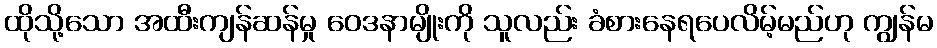
ထိုသို့သော အထီးကျန်ဆန်မှု ဝေဒနာမျိုးကို သူလည်း ခံစားနေရပေလိမ့်မည်ဟု ကျွန်မ